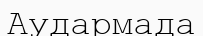
Аудармада